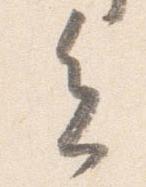
会